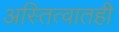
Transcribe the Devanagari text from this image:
अस्तित्वातही